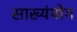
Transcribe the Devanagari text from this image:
साख्यंयोग